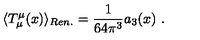
\langle T _ { \mu } ^ { \mu } ( x ) \rangle _ { R e n . } = \frac 1 { 6 4 \pi ^ { 3 } } a _ { 3 } ( x ) \ .